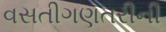
વસતીગણતરીની